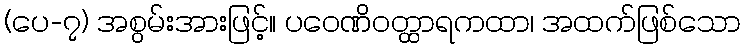
(ပေ-၇) အစွမ်းအားဖြင့်။ ပဝေဏိဝတ္ထာရကထာ၊ အထက်ဖြစ်သော